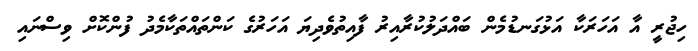
ހިޖުރީ އާ އަހަރަކާ އަޅުގަނޑުމެން ބައްދަލުކުރާއިރު ފާއިތުވެދިޔަ އަހަރުގެ ކަންތައްތަކާމެދު ފުންކޮށް ވިސްނައި